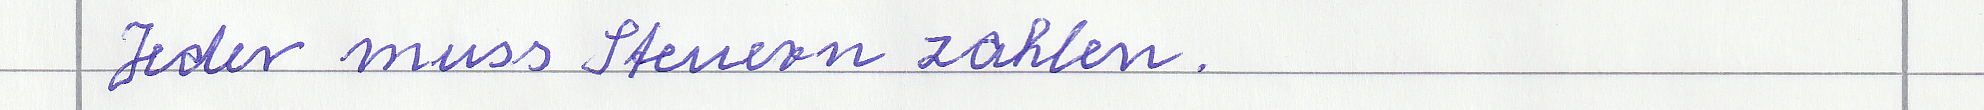
Jeder muss Steuern zahlen.